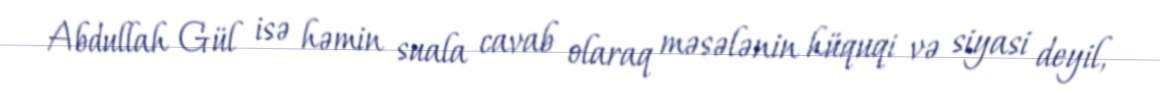
Abdullah Gül isə həmin suala cavab olaraq məsələnin hüquqi və siyasi deyil,